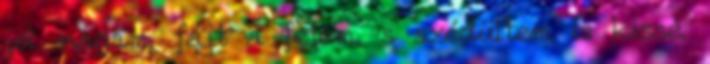
jól magam, fájt a fejem, s szédültem is kissé.